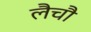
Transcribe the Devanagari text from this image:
लैचौ